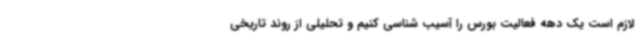
لازم است یک دهه فعالیت بورس را آسیب شناسی کنیم و تحلیلی از روند تاریخی